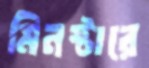
মিনস্টারে